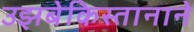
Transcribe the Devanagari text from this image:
उझबेकिस्तानाने